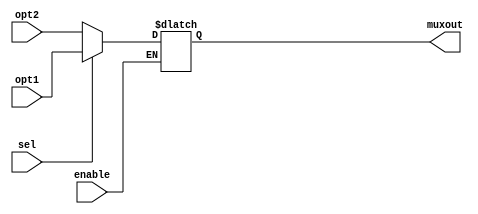
module Multiplexers(
input[31:0] opt1, opt2, //opt1=1, opt2=0
input sel, enable,
output reg[31:0] muxout
);

always @(enable) begin
	if (enable) muxout = (sel) ? opt1 : opt2;
	else muxout = muxout;
end

endmodule